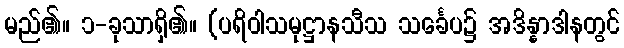
မည်၏။ ၁-ခုသာရှိ၏။ (ပရိဝါသမုဋ္ဌာနသီသ သင်္ခေပ၌ အဒိန္နာဒါနတွင်